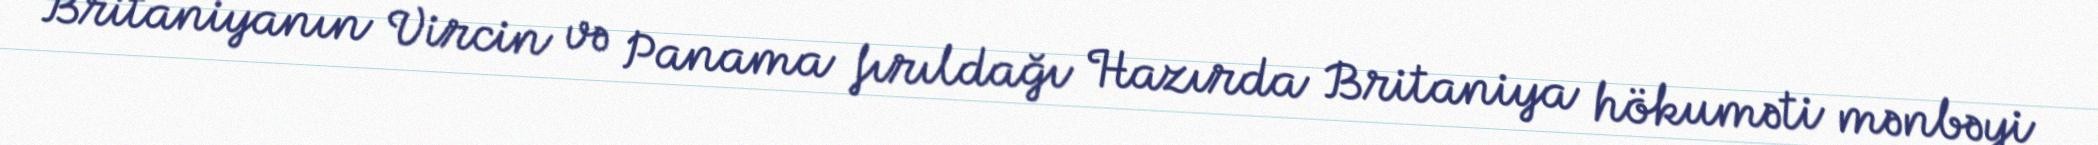
Britaniyanın Vircin və Panama fırıldağı Hazırda Britaniya hökuməti mənbəyi